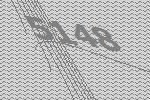
5148